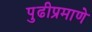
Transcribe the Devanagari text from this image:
पुढीप्रमाणे